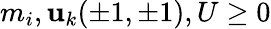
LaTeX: m_{i},\mathbf{u}_{k}(\pm1,\pm1),U\ge0